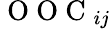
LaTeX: \mathrm{~O~O~C~}_{ij}